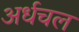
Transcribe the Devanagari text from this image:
अर्धचल